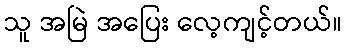
သူ အမြဲ အပြေး လေ့ကျင့်တယ်။